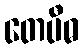
တေပီဓ